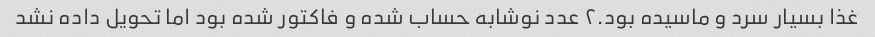
غذا بسیار سرد و ماسیده بود.۲ عدد نوشابه حساب شده و فاکتور شده بود اما تحویل داده نشد